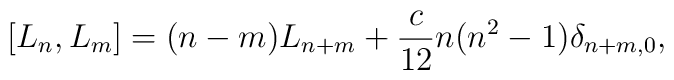
[L_n,L_m] = (n-m) L_{n+m} + \frac{c}{12} n(n^2-1) \delta_{n+m,0},